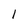
Character: l